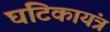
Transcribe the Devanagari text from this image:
घटिकायंत्र